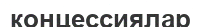
концессиялар